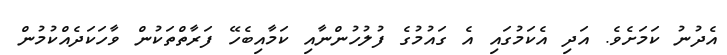
އެދުނު ކަމަށެވެ. އަދި އެކަމުގައި އެ ގައުމުގެ ފުލުހުންނާއި ކަމާއިބެހޭ ފަރާތްތަކުން ވާހަކަދެއްކުމުން